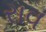
રાવ